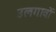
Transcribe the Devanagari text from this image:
उलगावों